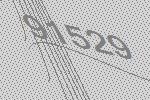
91529